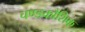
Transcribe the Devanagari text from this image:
चण्डकौशिक